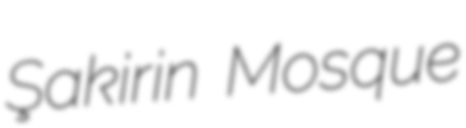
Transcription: Şakirin Mosque